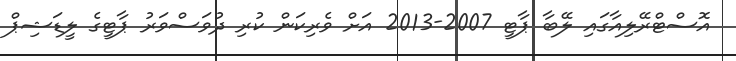
އޮސްޓްރޭލިއާގައި ލޭބާ ޕާޓީ 2007-2013 އަށް ވެރިކަން ކުރި ދުވަސްވަރު ޕާޓީގެ ލީޑަޝިޕް